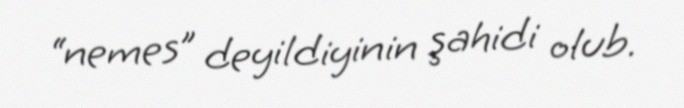
“nemes” deyildiyinin şahidi olub.